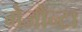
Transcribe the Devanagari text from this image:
मैजोन्टा